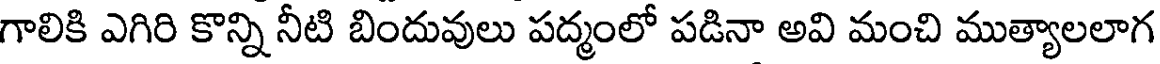
గాలికి ఎగిరి కొన్ని నీటి బిందువులు పద్మంలో పడినా అవి మంచి ముత్యాలలాగ